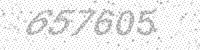
Solution: 657605